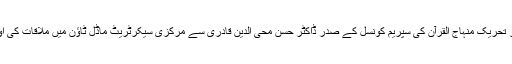
اس سلسلے میں مختلف آستانوں کے سجادہ نشینوں نے گذشتہ روز تحریک منہاج القرآن کی سپریم کونسل کے صدر ڈاکٹر حسن محی الدین قادری سے مرکزی سیکرٹریٹ ماڈل ٹاؤن میں ملاقات کی اور انہیں ملک بچانے کی جدوجہد میں مکمل حمایت کا یقین دلایا۔